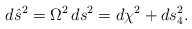
\begin{align*} d{\hat s}^2 = \Omega^2\, ds^2 = d\chi^2 + ds_4^2.\end{align*}